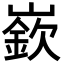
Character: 嶔